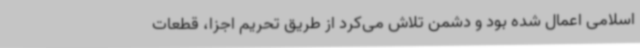
اسلامی اعمال شده بود و دشمن تلاش می‌کرد از طریق تحریم اجزا، قطعات